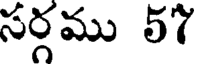
సర్గము 57